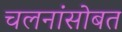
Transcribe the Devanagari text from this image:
चलनांसोबत